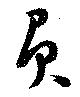
負